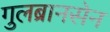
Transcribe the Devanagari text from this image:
गुलब्रानसेन